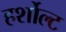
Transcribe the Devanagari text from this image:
हर्शोल्ट